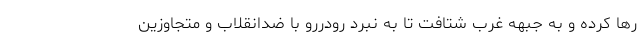
رها کرده و به جبهه غرب شتافت تا به نبرد رودررو با ضدانقلاب و متجاوزین